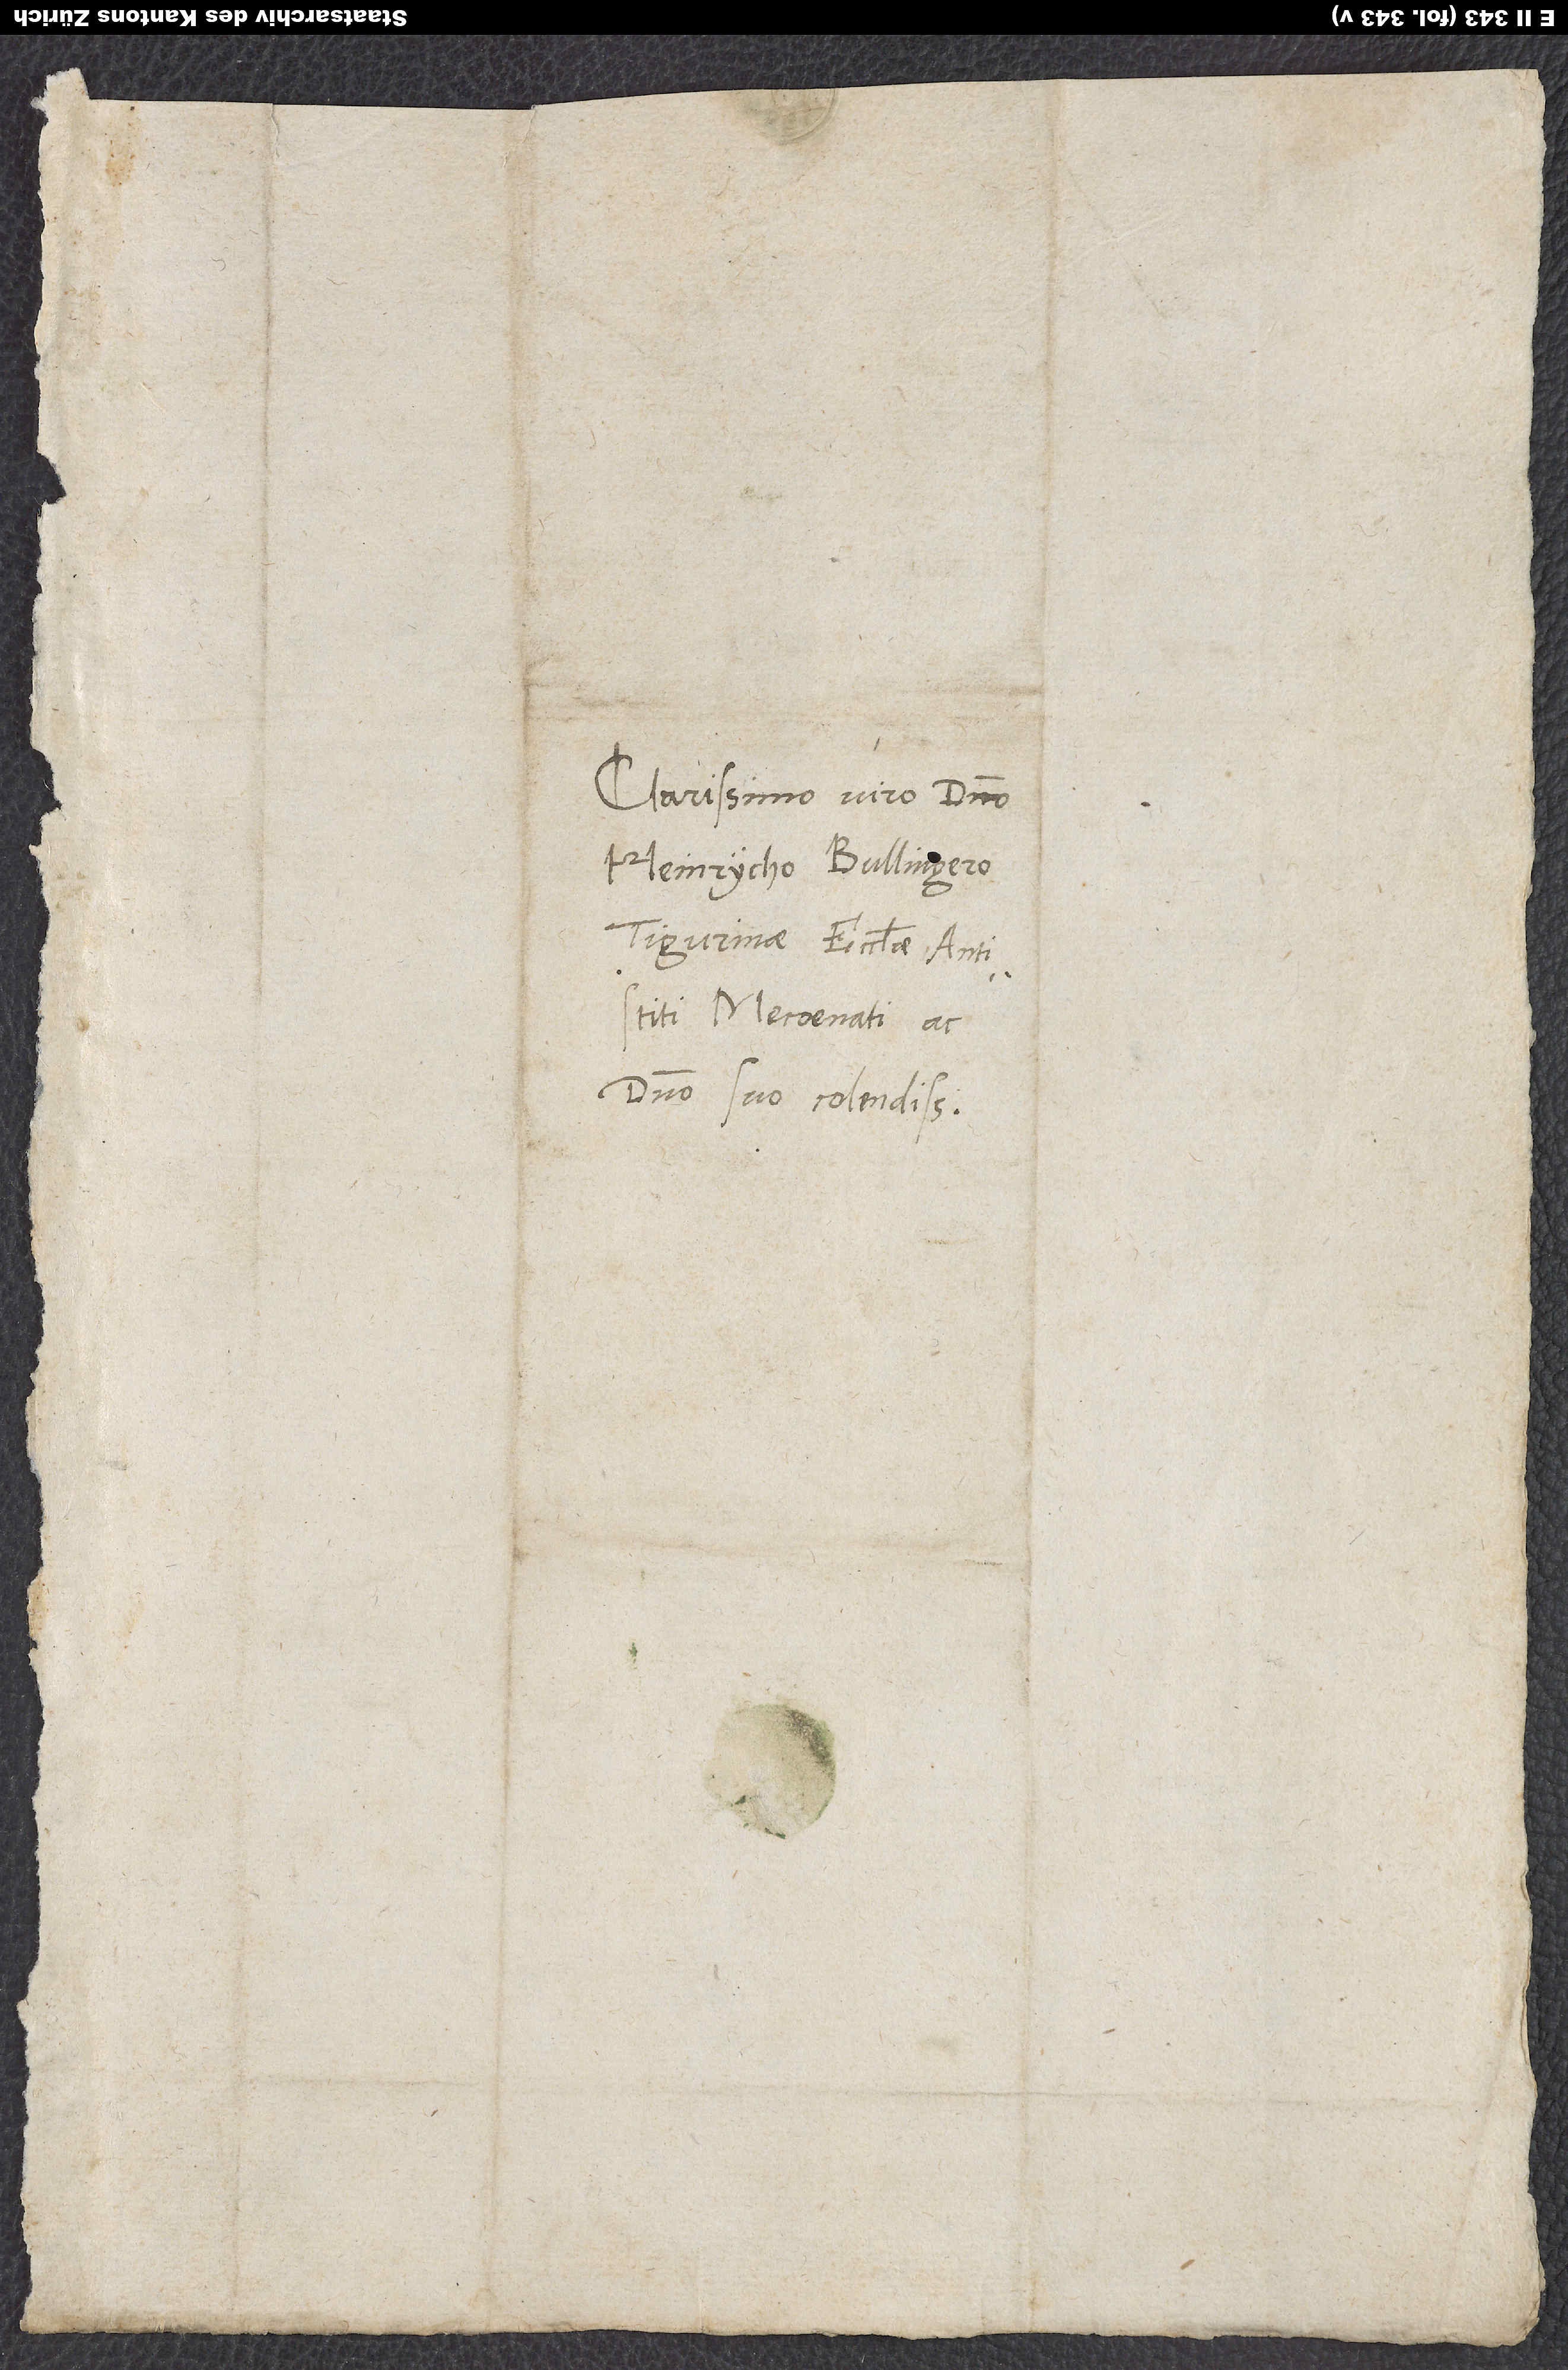
Clarissimo viro domino
Heinrycho Bullingero,
Tigurinae ecclesiae antistiti,
Mecoenati ad
domino suo colendissimo.